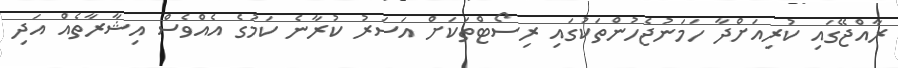
ރާއްޖޭގައި ކުރިއަށްދާ ހަމަނުޖެހުންތަކުގައި ރިސޯޓްތަކަށް އަސަރު ކުރާނެ ކަމުގެ އެއްވެސް އިޝާރާތެއް އަދި